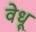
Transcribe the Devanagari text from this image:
वेधू